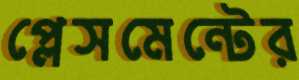
প্লেসমেন্টের